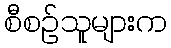
စီစဉ်သူများက